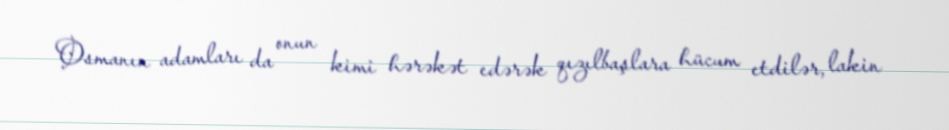
Osmanın adamları da onun kimi hərəkət edərək qızılbaşlara hücum etdilər, lakin